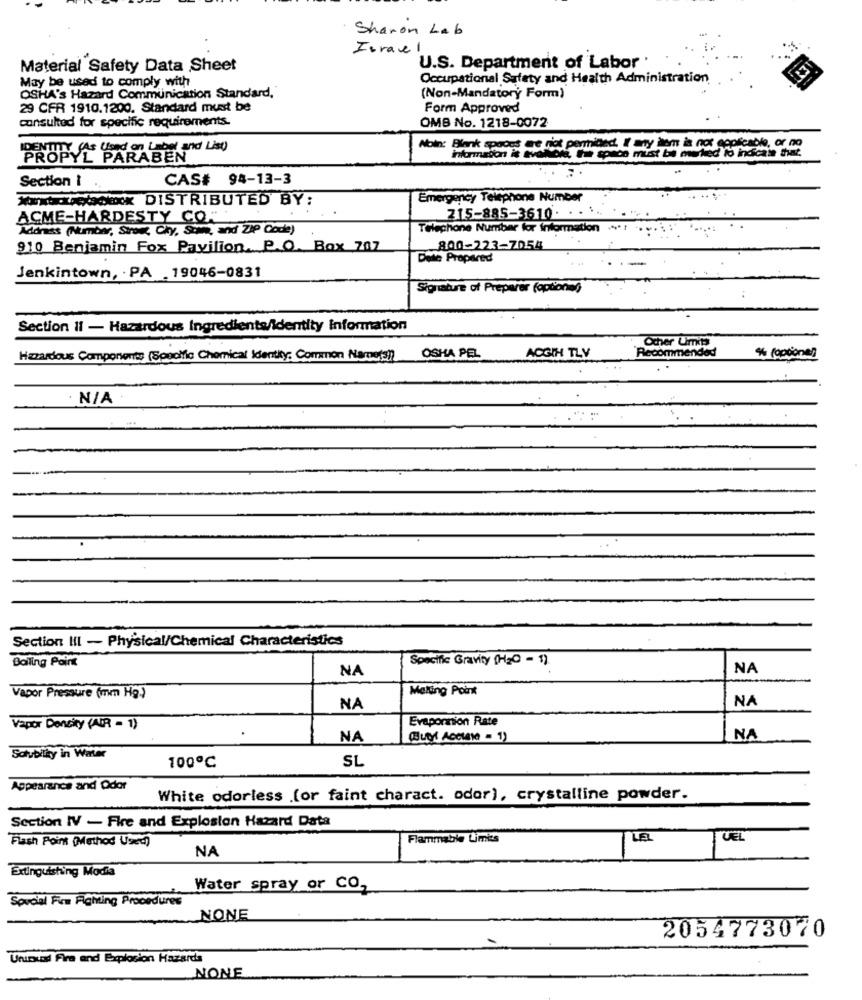
Sharon Lab
Israel
U.S. Department of Labor .
Material Safety Data Sheet
Occupational Safety and Health Administration.
May be used to comply with
OSHA's Hazard Communication Standard,
(Non-Mandatory Form)
29 CFR 1910.1200. Standard must be
Form Approved
consulted for specific requirements.
OMB No. 1218-0072
Noin: Blank spaces are not permited. If any hem is not applicable, or no
PROPULS Todo Lo and List
informadon it evalore, this space must be marked to indicate that,
Section i
CAS# 94-13-3
Kurt hexackook DISTRIBUTED BY:
Emergency Telephone Number
ACME-HARDESTY CO.
215-885-3610. . .
Address (Number, Street, Cky, Stare, and ZIP Code)
Telephone Number for Information
910 Benjamin Fox Pavilion. P.O. Box 707
800-223-7054
Date Prepared
Jenkintown, PA . 19046-0831
Signature of Préparer (optional)
Section 11 - Hazardous Ingredients/identity information
Other Limit
Recommended
Hazardous Components (Specific Chemical Identity: Common Nameist) OSHA PEL
ACGIN TLV
% (opcional
· N/A
Section III - Physical/Chemical Characteristics
Specific Gravity (HgO - 1).
Boiling Point
NA
NA
Making Point
Vapor Pressure (mm Hg.)
NA
NA
Evaporion Rate
Vapor Dencity (AIR - 1)
NA
Quet Accuse = 1)
NA
Solubility in Warlor
SL
100℃
Appearance and Odor
White odorless .(or faint charact. odor), crystalline powder.
Section IV - Fire and Explosion Hazard Data
Flash Point (Method Used)
Flammable Limits
LEL
UEL
NA
Extinguishing Modia
Water spray or CO,
Special Fire Fighting Procedures
NONE
2054773070
Ununund Fire and Explosion Hazarda
NONE